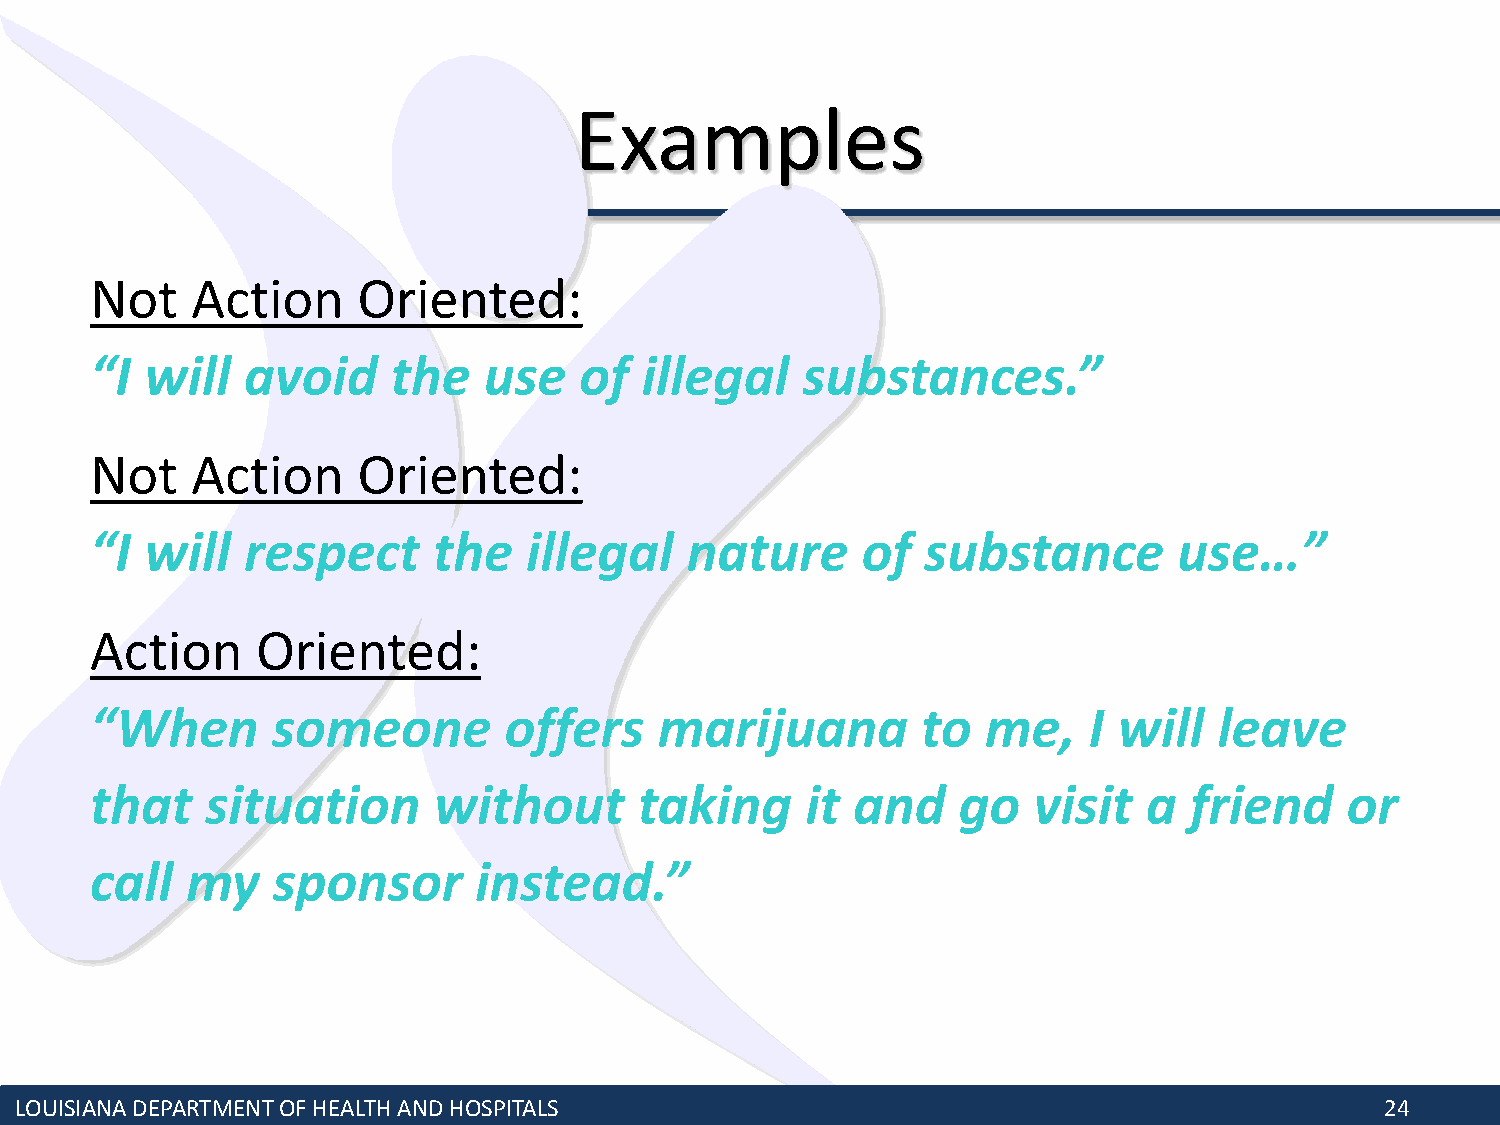
Examples
 Not    Action     Oriented:
 “I  will  avoid     the   use   of  illegal    substances.”
 Not    Action     Oriented:
 “I  will  respect      the   illegal   nature      of  substance        use…”
 Action     Oriented:
 “When       someone        offers     marijuana        to  me,    I will   leave
 that    situation      without      taking     it and    go   visit   a  friend    or
 call  my    sponsor      instead.”
 LOUISIANA DEPARTMENT OF HEALTH AND HOSPITALS                                               24